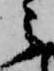
之